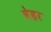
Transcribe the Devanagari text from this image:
वेहर